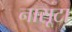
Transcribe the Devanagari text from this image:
नासूटा